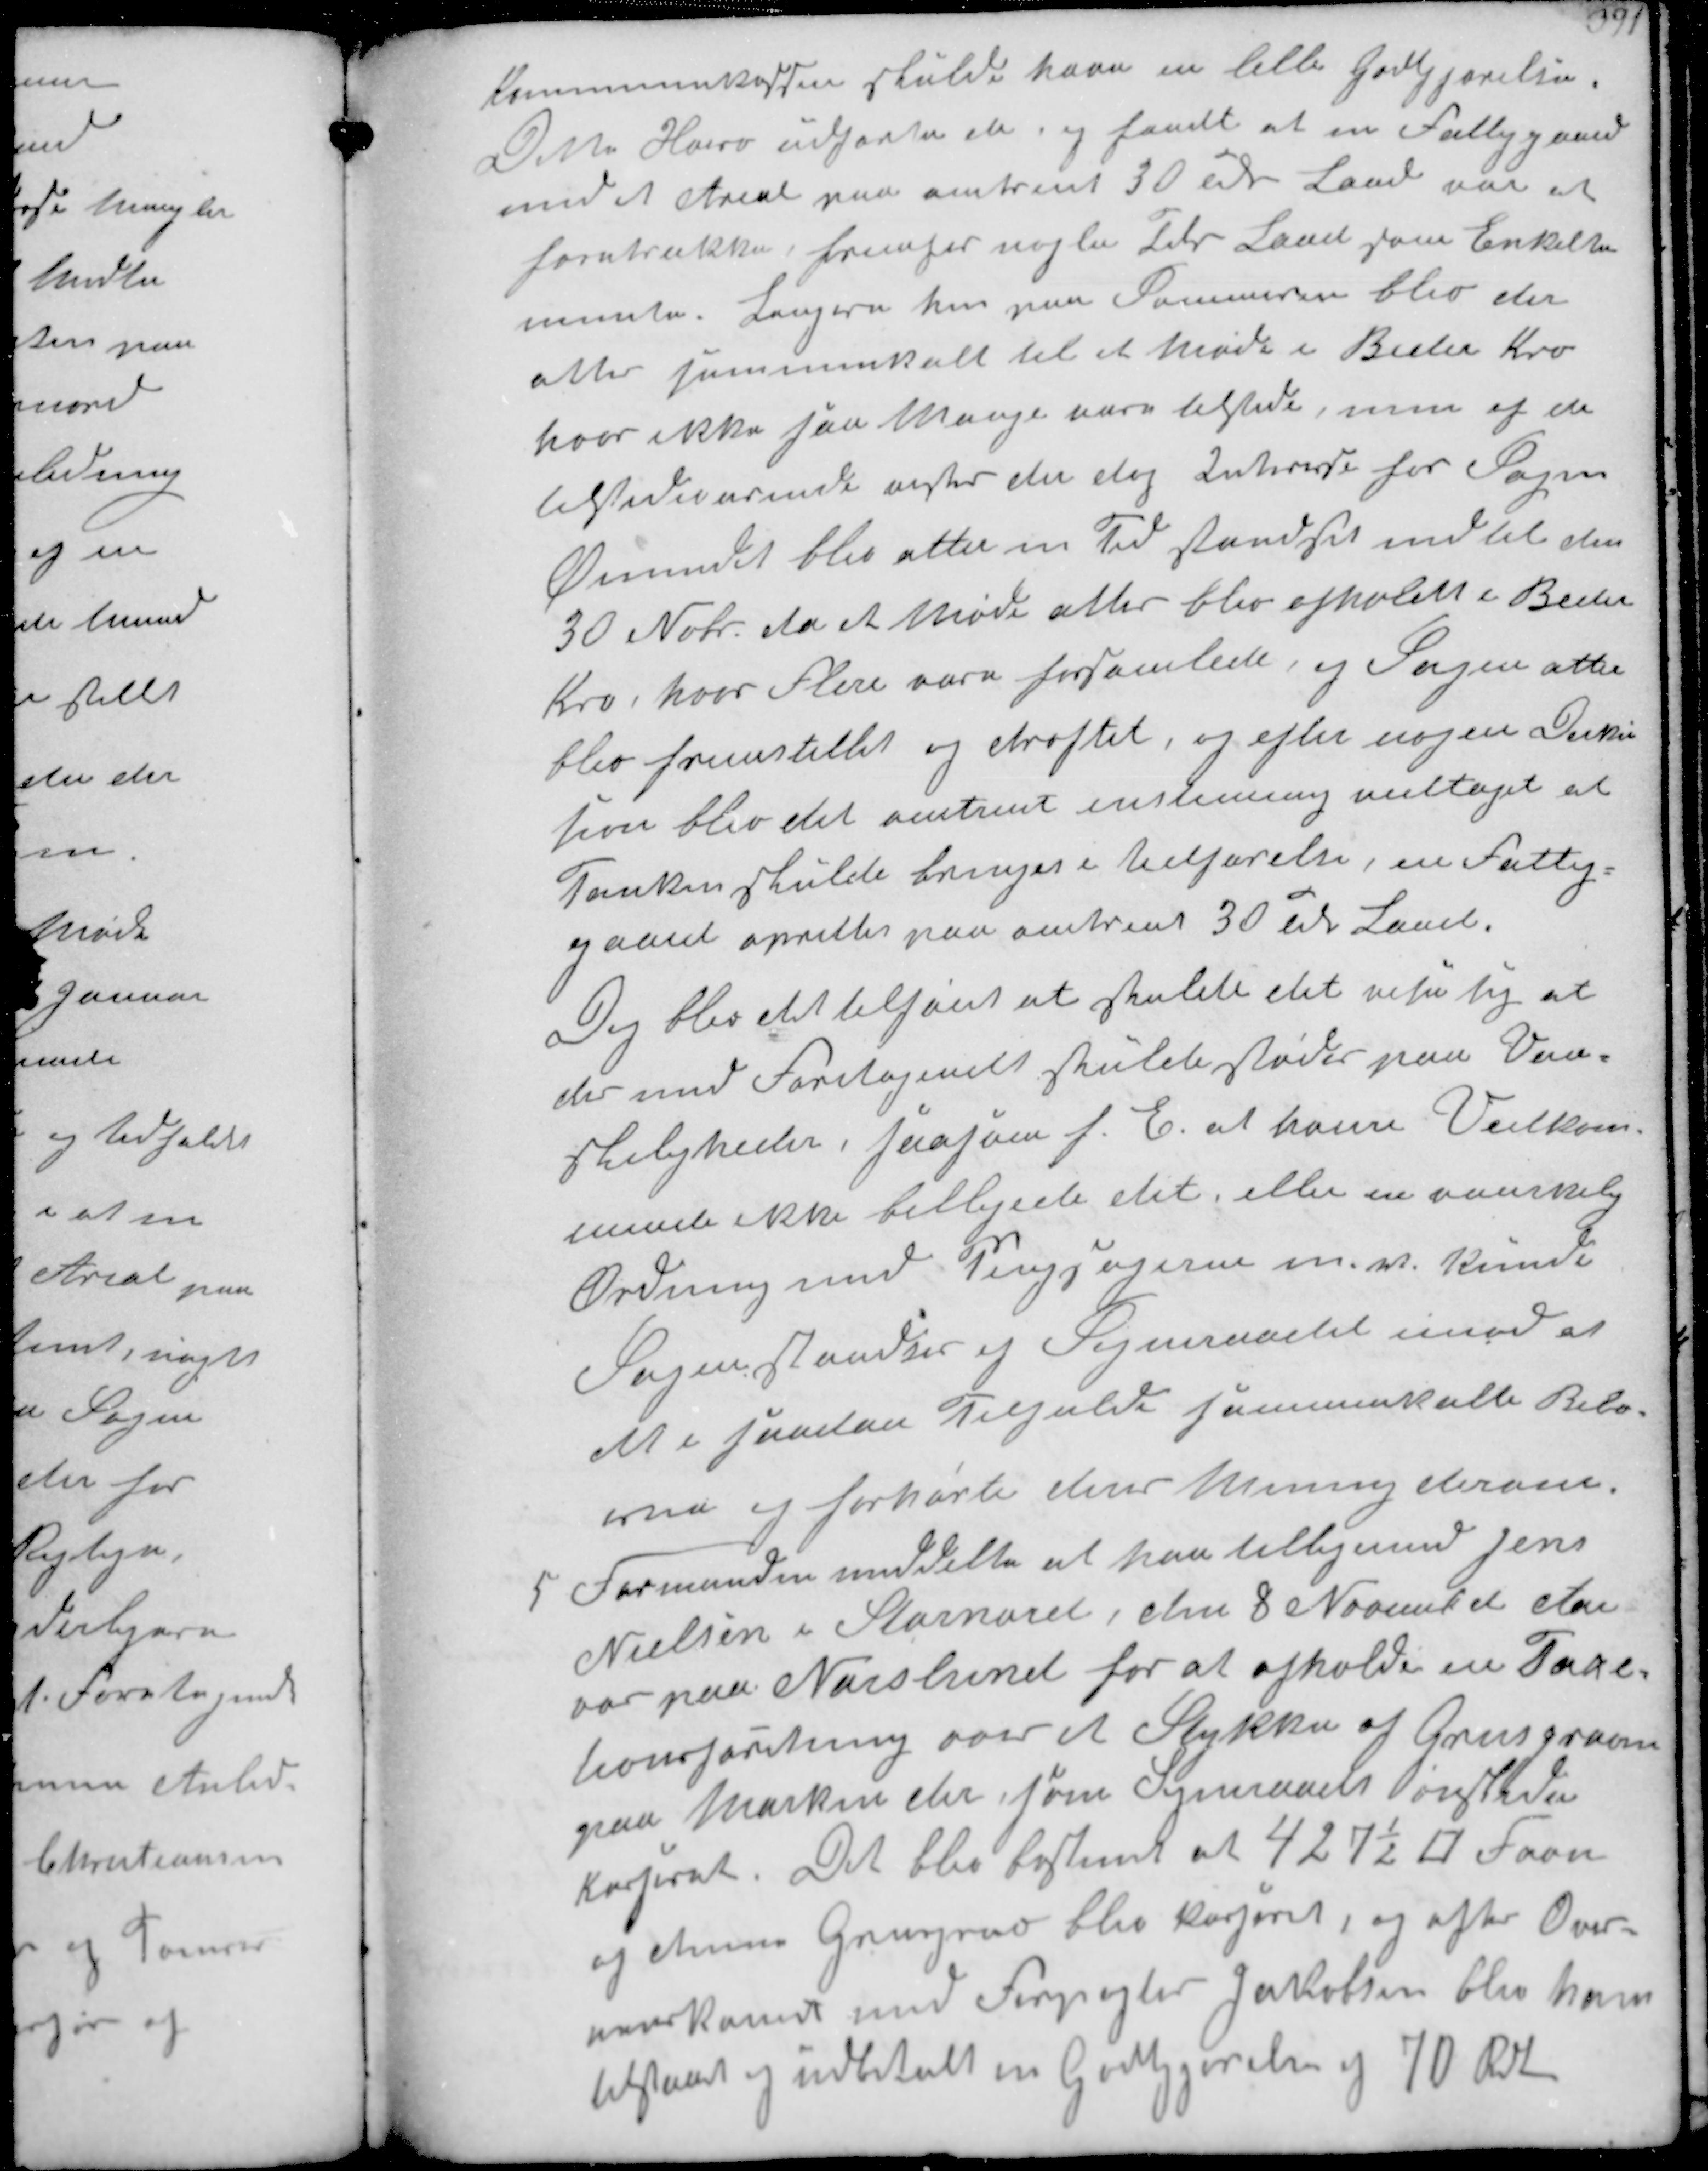
Transskription:
Kommunekassen skulde have en lille Godtgjørelse.
Dette Hverv udførte de og fandt at en Fattiggaard
med et Areal paa omtrent 30 Td Land var at
foretrække, fremfor nogle Tdr Land som Enkelte
mente Længere hen paa Sommeren blev der
atter sammenkalt til et Møde i Beder Kro
hvor ikke saa mange vare tilstede, men af de
tilstedeværende vistes der dog interesse for Sagen
Øiemedet blev atter en Tid standset indtil den
30 Nvbr da et Møde atter blev afholdt i Beder 
Kro, hvor flere vare forsamlede, og Sagen atter
blev fremstillet og Trøftet, og efter nogen Diskus-
sion blev det omtrent enstemmig vedtaget at
Tanken skulde bringes i Udførelse, en Fattig-
gaard oprettes paa omtrent 30 Td Land.
Dog blev det tilføjet at skulde det vise sig at
der med Foretagendet skulde stødes paa Van-
skeligheder, saasom f. E. at hvisse Vedkom-
mende ikke billigede det, eller en vanskelig
Ordning med Pengesagerne m.v. kunde 
Sognestander og Sogneraadet imod at
det i saadan Tilfælde sammenkalde Bebo-
erne og forhørte deres Mening derom

5
Formanden meddelte at han tilligemed Jens
Nielsen i Stornord, den 8 November d Aar
var paa Norslund for at afholde en Taxe-
tionsforetning over et Stykke af Grusgraven
paa Marken der som Sogneraadet ønskede
kasseret. Det blev bestemt at 427½ ؝ Favn
og denne Grusgrav blev kasseret, og efter Over-
enskomst havde med Forpagter Jacobsen blev ham
tilstaaet og udbetalt en Godtgjørelse og 70 Rdl